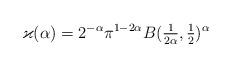
LaTeX: \begin{align*}\varkappa(\alpha)=2^{-\alpha}\pi^{1-2\alpha}B(\tfrac1{2\alpha},\tfrac12)^\alpha\end{align*}